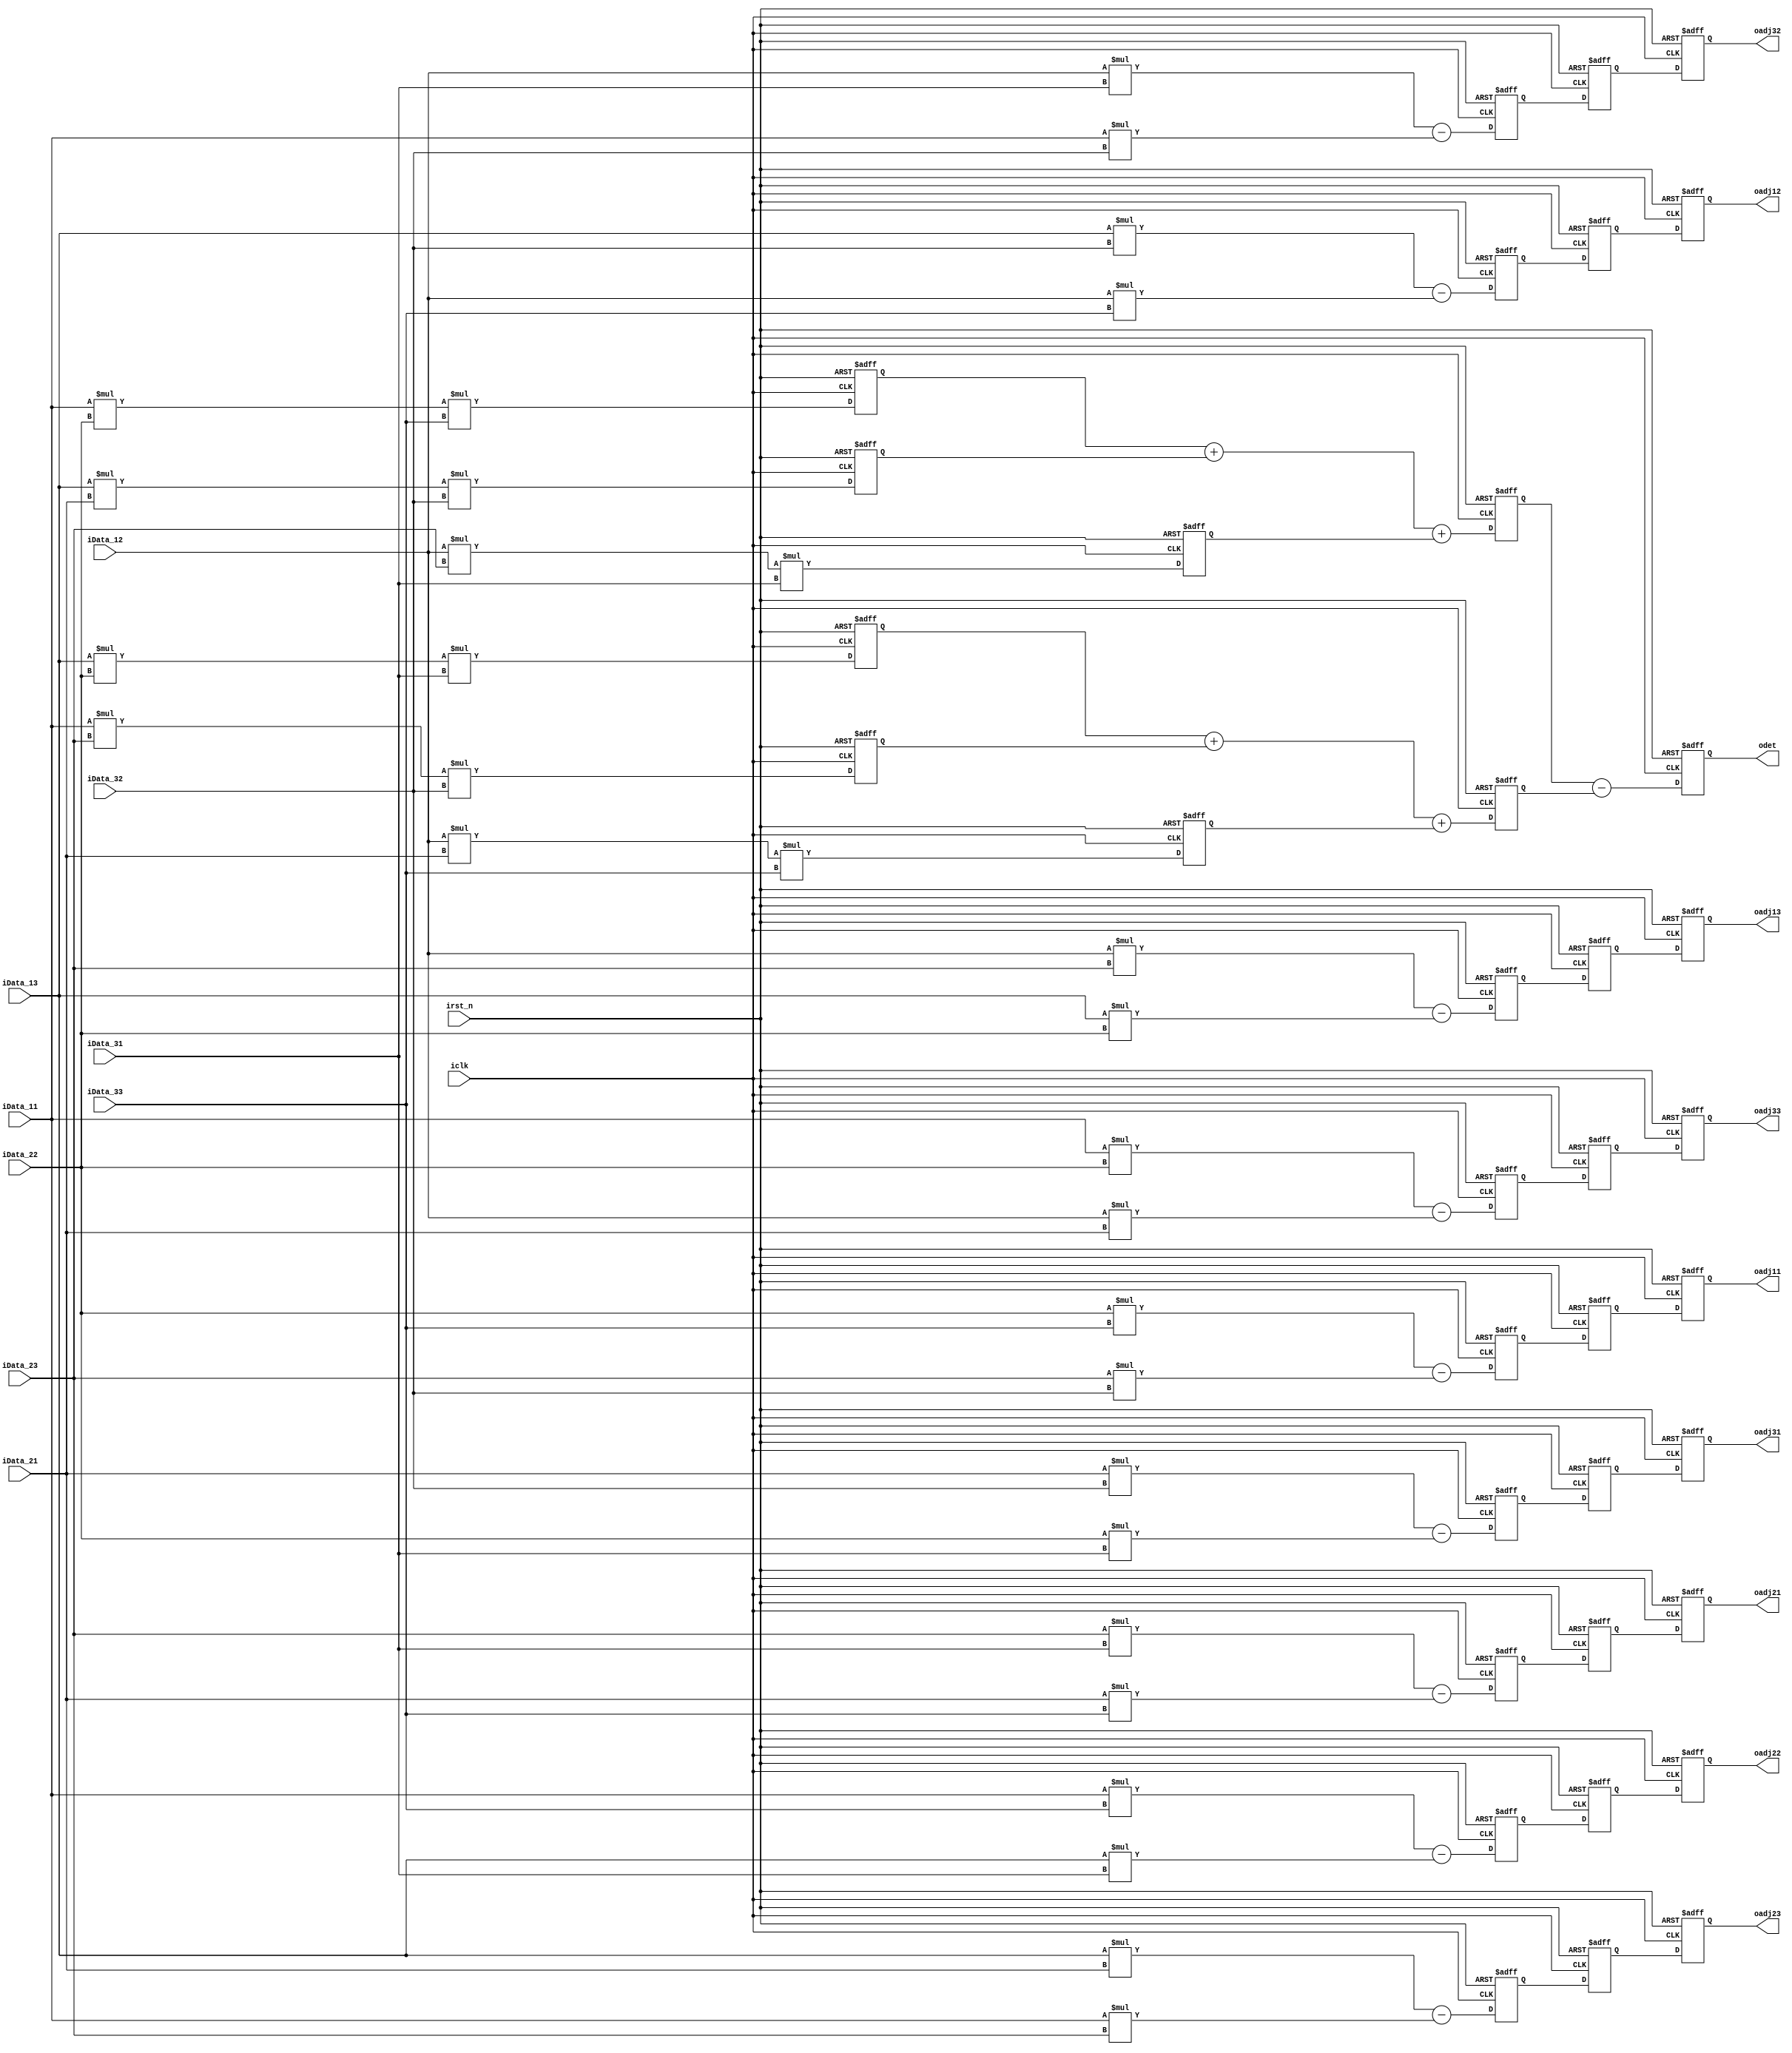
`timescale 1 ps / 1 ps

module InverseHessian_3D (  
  input                               iclk,
  input                               irst_n,
  input           signed     [8:0]    iData_11,
  input           signed     [8:0]    iData_12,
  input           signed     [8:0]    iData_13,
  input           signed     [8:0]    iData_21,
  input           signed     [8:0]    iData_22,
  input           signed     [8:0]    iData_23,
  input           signed     [8:0]    iData_31,
  input           signed     [8:0]    iData_32,
  input           signed     [8:0]    iData_33,
  output    reg   signed     [8:0]    oadj11,
  output    reg   signed     [8:0]    oadj12,
  output    reg   signed     [8:0]    oadj13,
  output    reg   signed     [8:0]    oadj21,
  output    reg   signed     [8:0]    oadj22,
  output    reg   signed     [8:0]    oadj23,
  output    reg   signed     [8:0]    oadj31,
  output    reg   signed     [8:0]    oadj32,
  output    reg   signed     [8:0]    oadj33,
  output    reg   signed     [16:0]   odet
);

reg  signed [8:0] matrix1  [8:0];
reg  signed [8:0] matrix2  [8:0];
reg  signed [16:0] det_num  [5:0];
reg  signed [16:0] det_add  [1:0];

always@(posedge iclk or negedge irst_n) begin
  if (!irst_n) begin
    matrix1[0] <= 0;
    matrix1[1] <= 0;
    matrix1[2] <= 0;
    matrix1[3] <= 0;
    matrix1[4] <= 0;
    matrix1[5] <= 0;
    matrix1[6] <= 0;
    matrix1[7] <= 0;
    matrix1[8] <= 0;
    matrix2[0] <= 0;
    matrix2[1] <= 0;
    matrix2[2] <= 0;
    matrix2[3] <= 0;
    matrix2[4] <= 0;
    matrix2[5] <= 0;
    matrix2[6] <= 0;
    matrix2[7] <= 0;
    matrix2[8] <= 0;
    det_num[0] <= 0;
    det_num[1] <= 0;
    det_num[2] <= 0;
    det_num[3] <= 0;
    det_num[4] <= 0;
    det_num[5] <= 0;
    det_add[0] <= 0;
    det_add[1] <= 0;
    oadj11 <= 0;
    oadj12 <= 0;
    oadj13 <= 0;
    oadj21 <= 0;
    oadj22 <= 0;
    oadj23 <= 0;
    oadj31 <= 0;
    oadj32 <= 0;
    oadj33 <= 0;
    odet <= 0;
  end
  else begin
    ////////////////////////////////////////////////////////////////
    //clk 1
    matrix1[0] <= (iData_22 * iData_33) - (iData_23 * iData_32);  
    matrix1[1] <= (iData_13 * iData_32) - (iData_12 * iData_33);  
    matrix1[2] <= (iData_12 * iData_23) - (iData_13 * iData_22);  
    matrix1[3] <= (iData_23 * iData_31) - (iData_21 * iData_33);  
    matrix1[4] <= (iData_11 * iData_33) - (iData_13 * iData_31);  
    matrix1[5] <= (iData_13 * iData_21) - (iData_11 * iData_23);  
    matrix1[6] <= (iData_21 * iData_32) - (iData_22 * iData_31);  
    matrix1[7] <= (iData_12 * iData_31) - (iData_11 * iData_32);  
    matrix1[8] <= (iData_11 * iData_22) - (iData_12 * iData_21);  
    det_num[0] <= (iData_11 * iData_22) * iData_33; 
    det_num[1] <= (iData_13 * iData_21) * iData_32; 
    det_num[2] <= (iData_12 * iData_23) * iData_31;  
    det_num[3] <= (iData_13 * iData_22) * iData_31;  
    det_num[4] <= (iData_11 * iData_23) * iData_32;  
    det_num[5] <= (iData_12 * iData_21) * iData_33;  
    ////////////////////////////////////////////////////////////////
    //clk 2
    matrix2[0] <= matrix1[0];
    matrix2[1] <= matrix1[1];
    matrix2[2] <= matrix1[2];
    matrix2[3] <= matrix1[3];
    matrix2[4] <= matrix1[4];
    matrix2[5] <= matrix1[5];
    matrix2[6] <= matrix1[6];
    matrix2[7] <= matrix1[7];
    matrix2[8] <= matrix1[8];
    det_add[0] <= (det_num[0] + det_num[1]) + det_num[2];
    det_add[1] <= (det_num[3] + det_num[4]) + det_num[5];
    ////////////////////////////////////////////////////////////////
    //clk 3
    oadj11 <= matrix2[0];
    oadj12 <= matrix2[1];
    oadj13 <= matrix2[2];
    oadj21 <= matrix2[3];
    oadj22 <= matrix2[4];
    oadj23 <= matrix2[5];
    oadj31 <= matrix2[6];
    oadj32 <= matrix2[7];
    oadj33 <= matrix2[8];
    odet <= det_add[0] - det_add[1];
    ////////////////////////////////////////////////////////////////
  end
end
    
endmodule